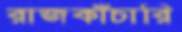
রাজকাঁচারি